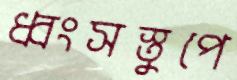
ধ্বংসস্তুপে